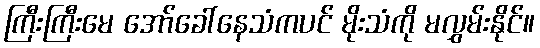
ကြီးကြီးမေ အော်ခေါ်နေသံကပင် မိုးသံကို မလွှမ်းနိုင်။